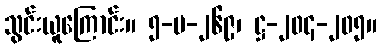
သွင်းယူကြောင်း။ ၅-ပ-၂၆၉၊ ဋ္ဌ-၂၀၄-၂၀၅။